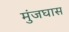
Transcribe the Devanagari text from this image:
मुंजघास